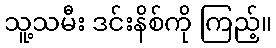
သူ့သမီး ဒင်းနိစ်ကို ကြည့်။